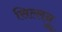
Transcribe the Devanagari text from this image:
सिल्लनु